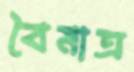
বৈমাত্র